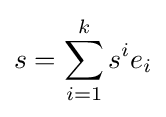
s=\sum _{i=1}^{k}s^{i}e_{i}